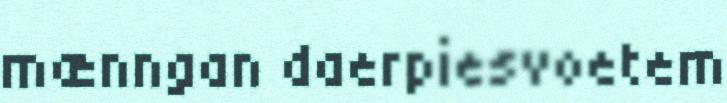
mænngan daerpiesvoetem